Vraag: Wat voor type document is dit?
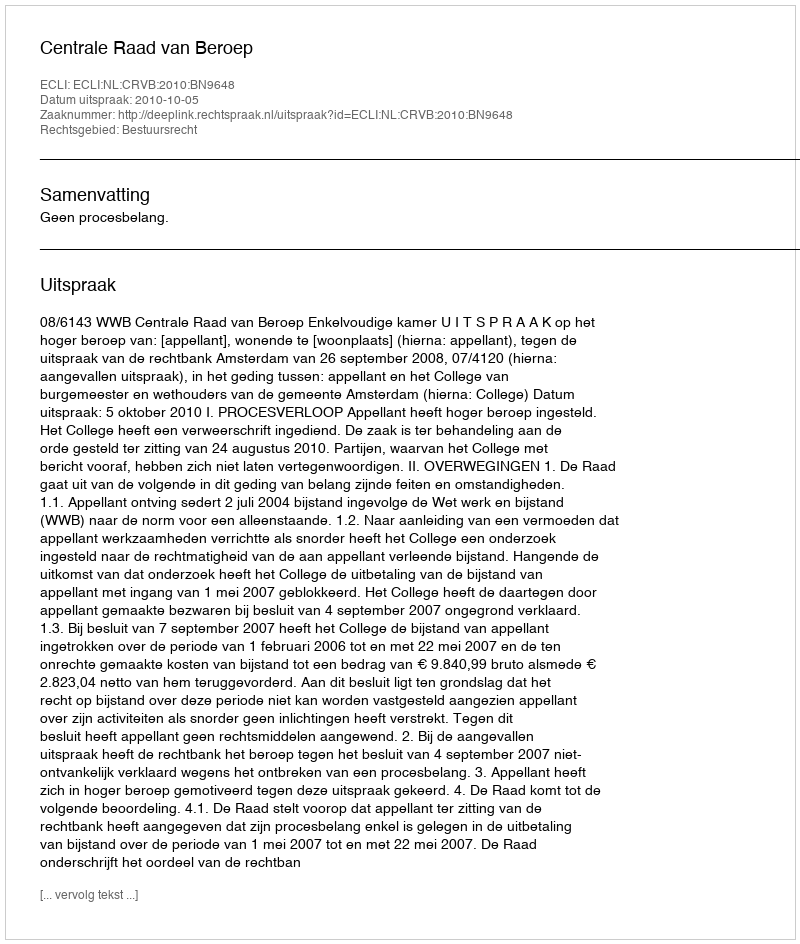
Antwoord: Uitspraak